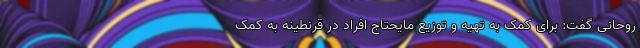
روحانی گفت: برای کمک به تهیه و توزیع مایحتاج افراد در قرنطینه به کمک